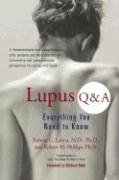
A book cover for Lupus Q + A (Revised Edition); Robert G. Lahita; Health, Fitness & Dieting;